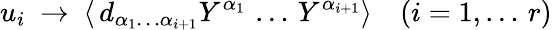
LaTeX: u_{i}~\to~\langle\, d_{\alpha_{1}\dots\alpha_{i+1}}Y^{\alpha_{1}}\, \dots\, Y^{\alpha_{i+1}}\rangle\quad(i=1,\dots\, r)